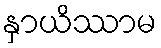
နှာယိဿာမ